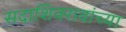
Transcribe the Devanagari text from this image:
सदाशिवरावांच्या